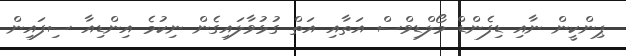
ޕިންކީން ނާއި ޑިފެންޑް މޯލްޑިވްސް އަތާއި އަތް ގުޅުވާލައިގެން ނިކުމެ އިންޑިއާ ސިފައިން